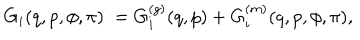
G _ { i } ( q , p , \phi , \pi ) : = G _ { i } ^ { ( g ) } ( q , p ) + G _ { i } ^ { ( m ) } ( q , p , \phi , \pi ) ,